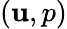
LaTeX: (\mathbf{u},p)